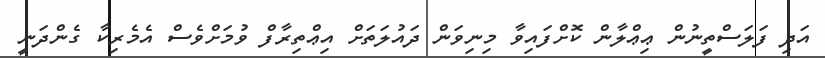
އަދި ފަލަސްތީނުން ޢިޢްލާން ކޮށްފައިވާ މިނިވަން ދައުލަތަށް އިޢްތިރާފް ވުމަށްވެސް އެމެރިކާ ގެންދަނީ